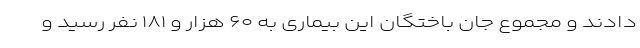
دادند و مجموع جان باختگان این بیماری به ۶۰ هزار و ۱۸۱ نفر رسید و